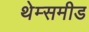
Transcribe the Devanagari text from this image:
थेम्समीड